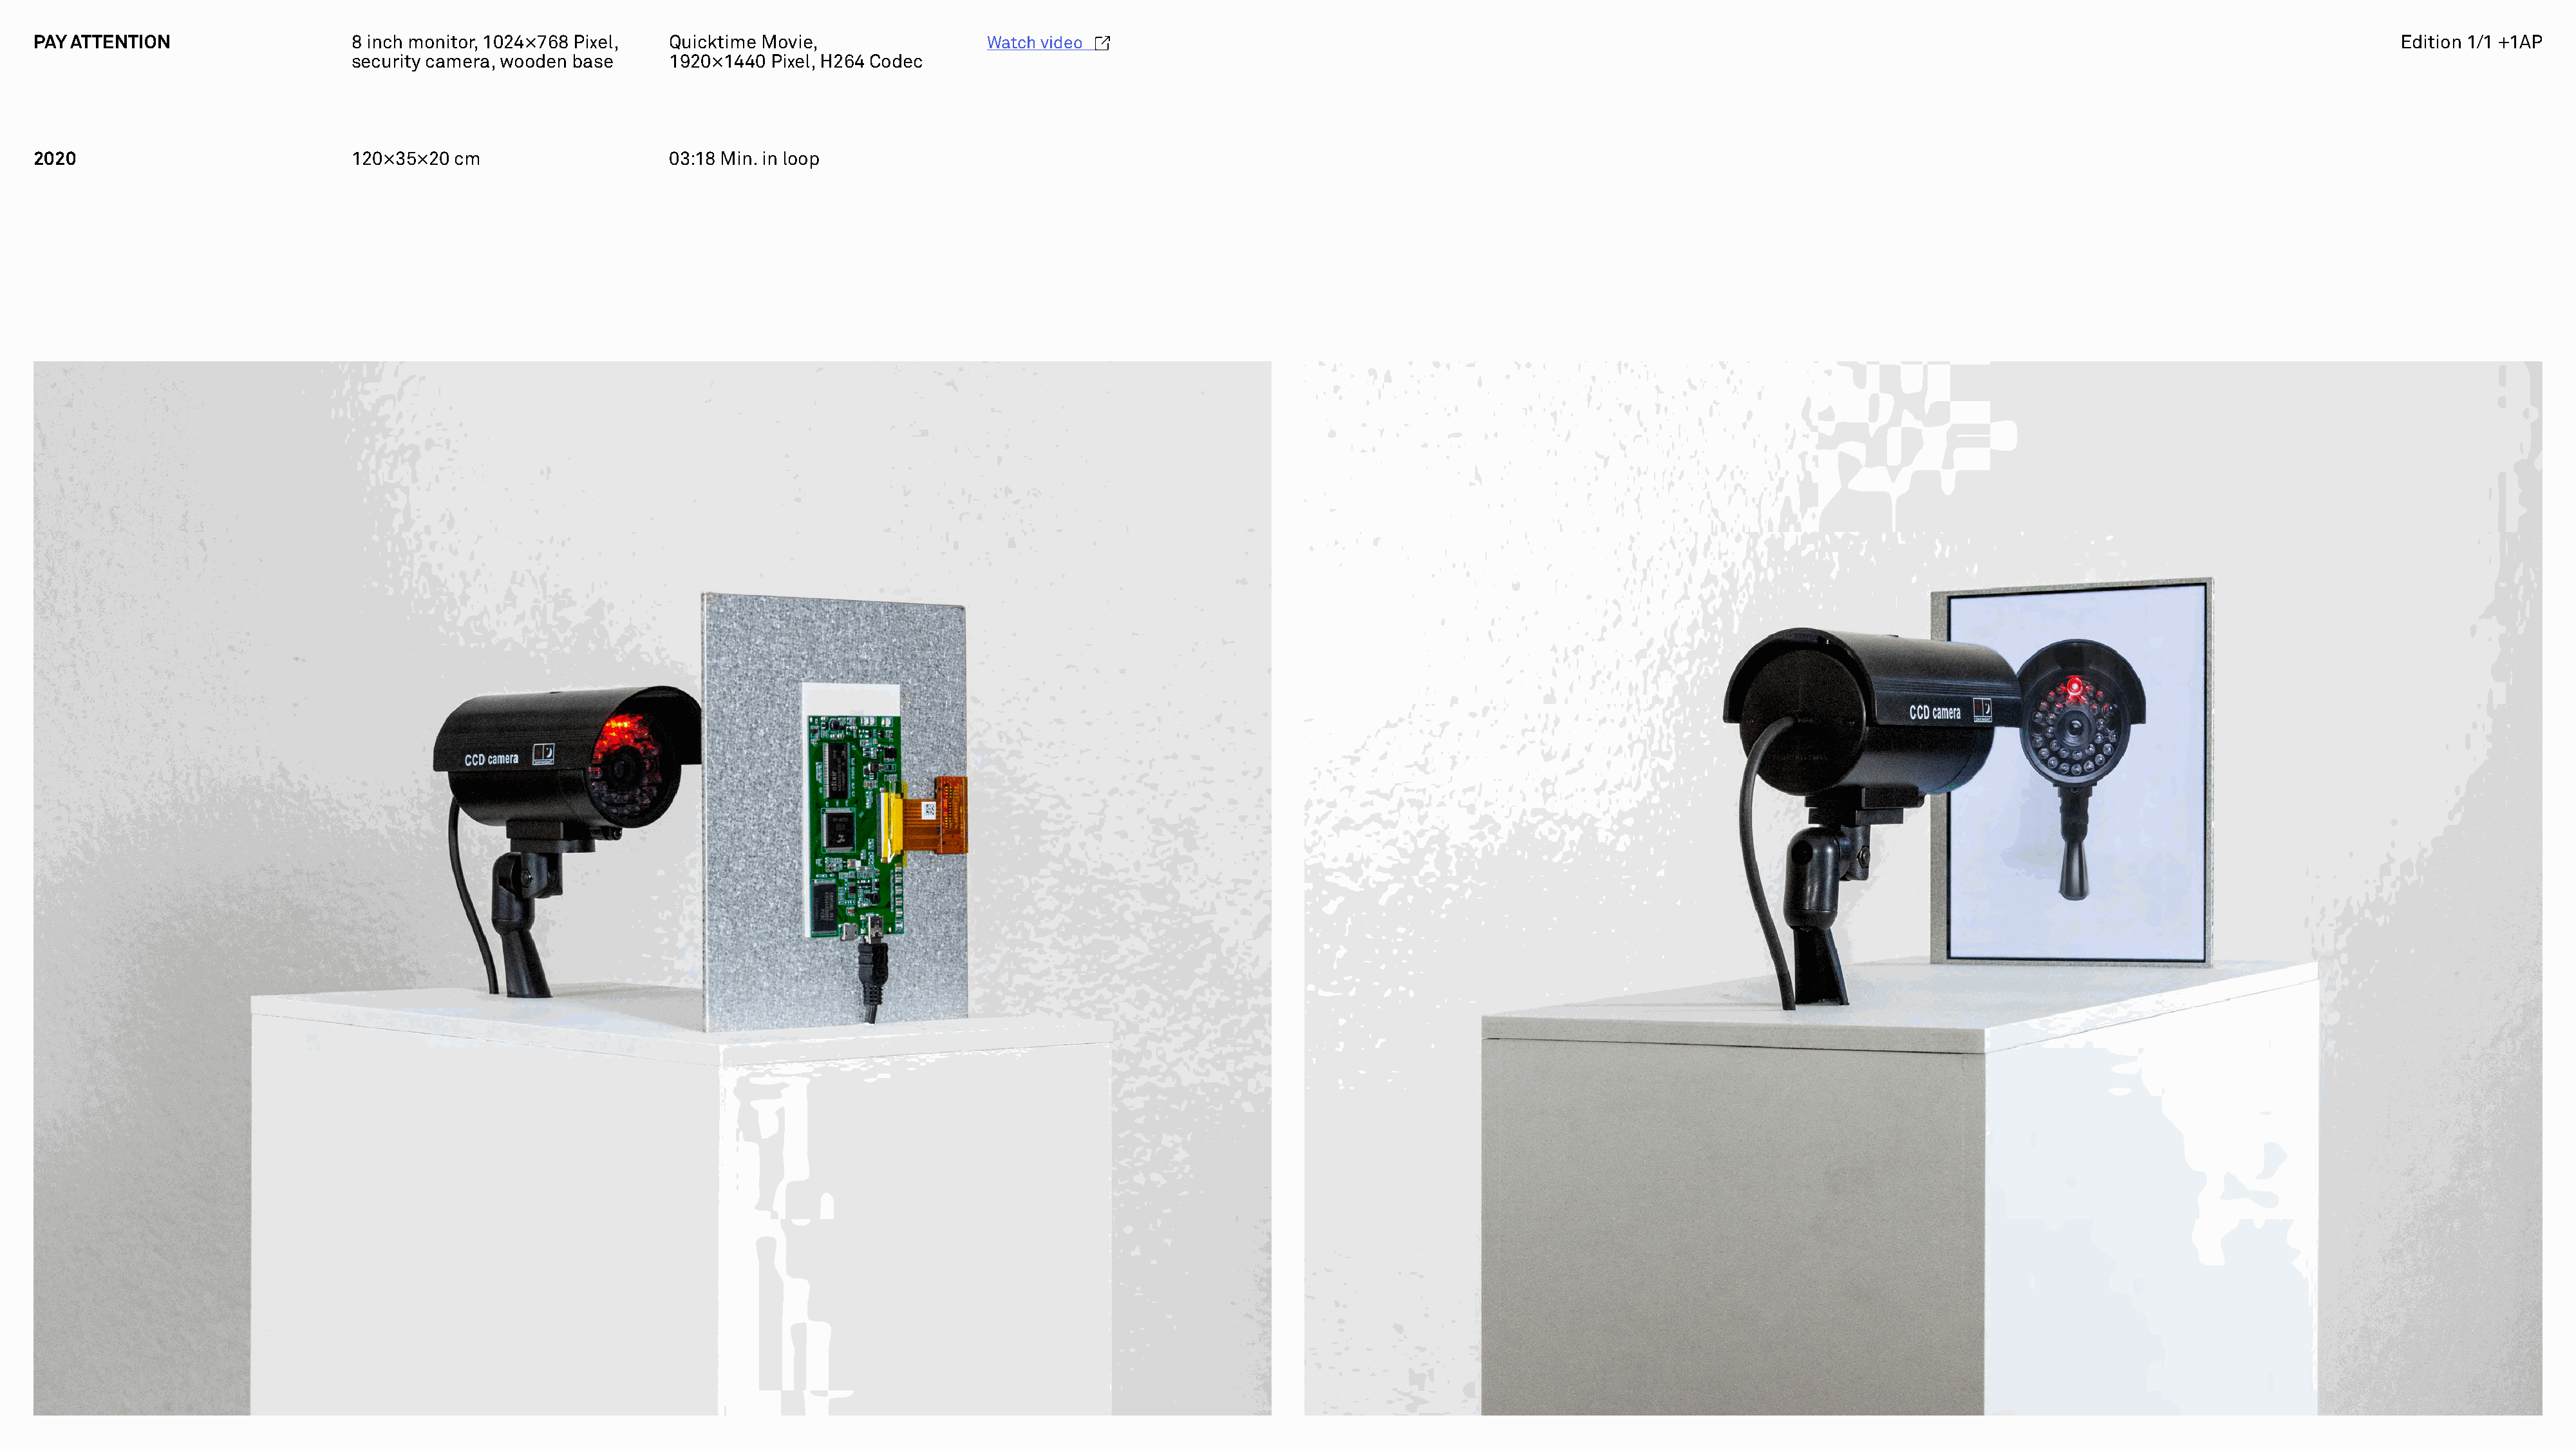
PAY ATTENTION                    8 inch monitor, 1024×768 Pixel,  Quicktime Movie,                Watch video                                                                                                                                       Edition 1/1 +1AP
 security camera, wooden base     1920×1440 Pixel, H264 Codec
 2020                             120×35×20  cm                    03:18 Min. in loop